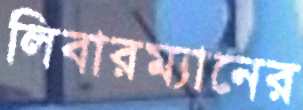
লিবারম্যানের